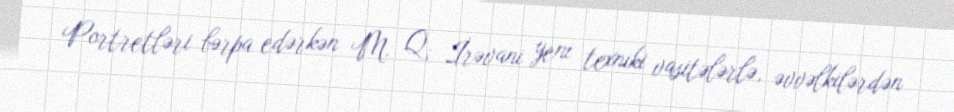
Portretləri bərpa edərkən M. Q. İrəvani yeni texniki vasitələrlə, əvvəlkilərdən